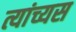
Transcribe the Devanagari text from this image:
त्यांच्यस